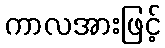
ကာလအားဖြင့်